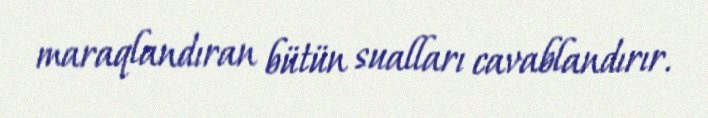
maraqlandıran bütün sualları cavablandırır.